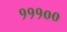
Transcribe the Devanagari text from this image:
१११००